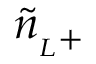
\tilde { n } _ { { } _ { L } + }